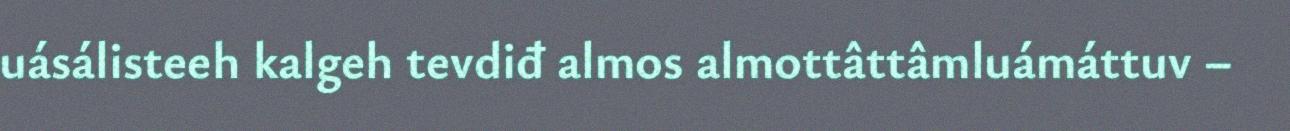
uásálisteeh kalgeh tevdiđ almos almottâttâmluámáttuv –